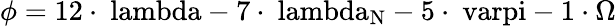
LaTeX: \phi=\mathrm{{12\cdot\ lambda-\mathrm{{7\cdot\ lambda_{\mathrm{{N}}}-\mathrm{{5\cdot\ varpi-\mathrm{{1\cdot\Omega}}}}}}}}